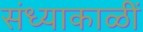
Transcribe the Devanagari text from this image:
संध्याकाळीं